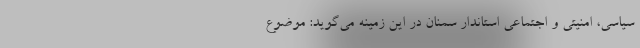
سیاسی، امنیتی و اجتماعی استاندار سمنان در این زمینه می‌گوید: موضوع